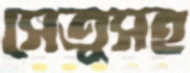
সেতুসহ